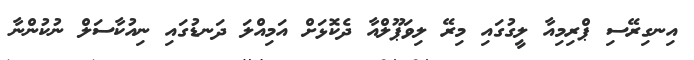
އިނގިރޭސި ޕްރިމިއާ ލީގުގައި މިރޭ ލިވަޕޫލްއާ ދެކޮޅަށް އަމިއްލަ ދަނޑުގައި ނިއުކާސަލް ނުކުންނާ